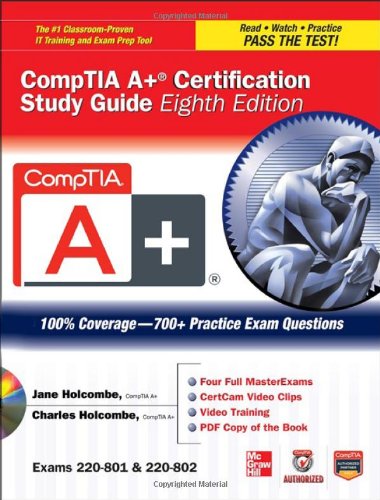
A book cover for CompTIA A+ Certification Study Guide, Eighth Edition (Exams 220-801 & 220-802) (Certification Press); Jane Holcombe; Computers & Technology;